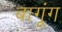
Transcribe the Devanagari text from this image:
बागूंग